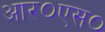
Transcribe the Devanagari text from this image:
आर०एस०